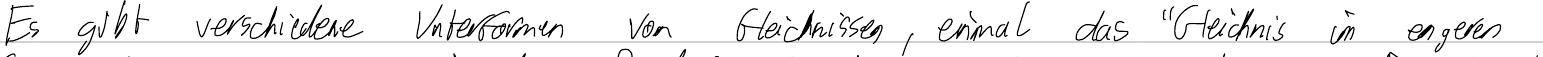
Es gibt verschiedene Unterformen von Gleichnissen, einmal das "Gleichnis im engeren